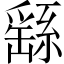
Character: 繇